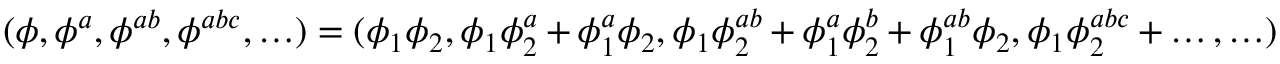
( \phi , \phi ^ { a } , \phi ^ { a b } , \phi ^ { a b c } , \ldots ) = ( \phi _ { 1 } \phi _ { 2 } , \phi _ { 1 } \phi _ { 2 } ^ { a } + \phi _ { 1 } ^ { a } \phi _ { 2 } , \phi _ { 1 } \phi _ { 2 } ^ { a b } + \phi _ { 1 } ^ { a } \phi _ { 2 } ^ { b } + \phi _ { 1 } ^ { a b } \phi _ { 2 } , \phi _ { 1 } \phi _ { 2 } ^ { a b c } + \ldots , \ldots )